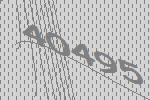
40495